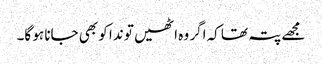
مجھے پتہ تھا کہ اگر وہ اٹھیں تو ندا کو بھی جانا ہو گا۔